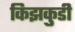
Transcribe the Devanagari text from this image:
किझकुडी